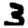
Digit: 3